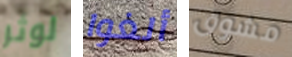
لوثر ألغوا مشوق